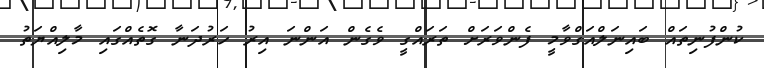
ކުންފުނިތައް ބައިނަލްއަގްވާމީ ފެންވަރަށް ތަރައްގީ ވެގެން އަންނަ އިރު ހަރުދަނާ ގޮތެއްގައި މާލިއްޔަތު